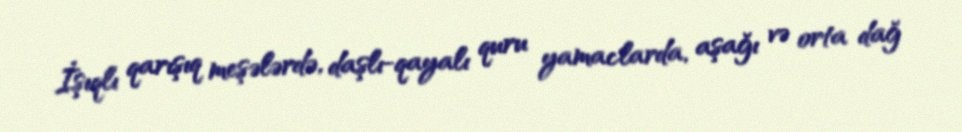
İşıqlı qarışıq meşələrdə, daşlı-qayalı quru yamaclarda, aşağı və orta dağ